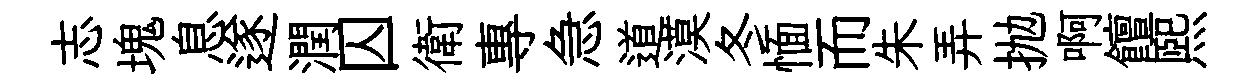
志塊息遂潤囚衛專急道漠冬愐而朱弄抛啊饘煕